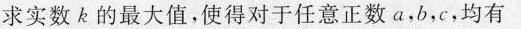
求实数k的最大值，使得对于任意正数a，b，c，均有